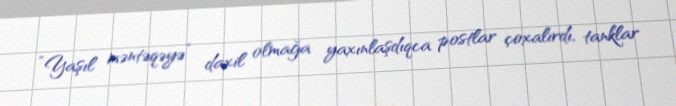
“Yaşıl məntəqəyə” daxil olmağa yaxınlaşdıqca postlar çoxalırdı, tanklar